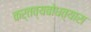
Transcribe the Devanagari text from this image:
कर्तव्यबोधत्यास